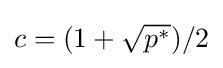
c=(1+{\sqrt {p^{*}}})/2